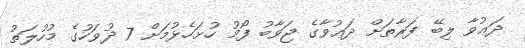
ދަޢުވާ ލިބޭ ފަރާތަށް ދަޢުވާގެ ޖަވާބު ފޯމު ހުށަހެޅުމަށް 7 ދުވަހުގެ މުހުލަތު